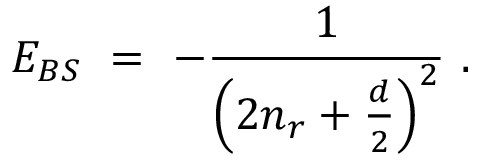
E _ { B S } \ = \ - \frac { 1 } { \left( 2 n _ { r } + \frac { d } { 2 } \right) ^ { 2 } } \ .